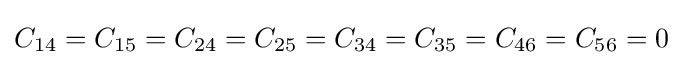
C_{14}=C_{15}=C_{24}=C_{25}=C_{34}=C_{35}=C_{46}=C_{56}=0~